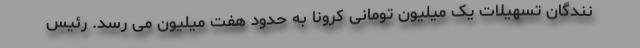
نندگان تسهیلات یک میلیون تومانی کرونا به حدود هفت میلیون می رسد. رئیس